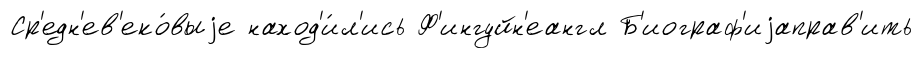
Ср'едн'ев'еко́выjе наход'и́л'ись Ф'ингуйн'еангл Б'иограф'иjаправ'ить